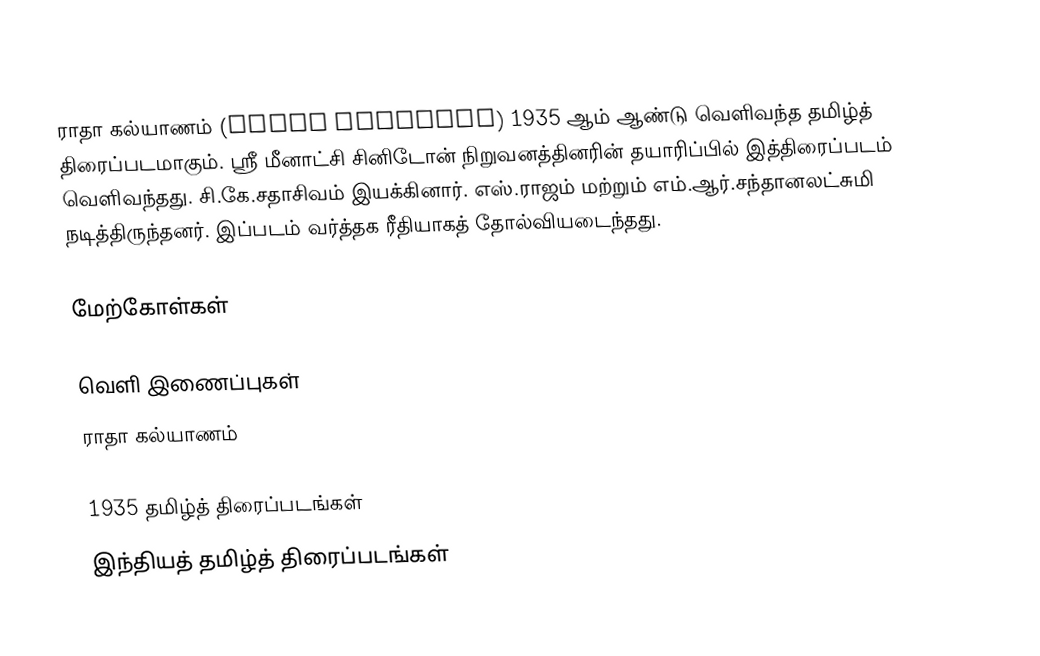
ராதா கல்யாணம் (Radha Kalyanam) 1935 ஆம் ஆண்டு வெளிவந்த தமிழ்த் திரைப்படமாகும். ஸ்ரீ மீனாட்சி சினிடோன் நிறுவனத்தினரின் தயாரிப்பில் இத்திரைப்படம் வெளிவந்தது. சி.கே.சதாசிவம் இயக்கினார். எஸ்.ராஜம் மற்றும் எம்.ஆர்.சந்தானலட்சுமி நடித்திருந்தனர்.  இப்படம் வர்த்தக ரீதியாகத் தோல்வியடைந்தது.

மேற்கோள்கள்

வெளி இணைப்புகள்
 ராதா கல்யாணம்

1935 தமிழ்த் திரைப்படங்கள்
இந்தியத் தமிழ்த் திரைப்படங்கள்